Statistical return of the lunatic asylum in Assam - 1912-1932
Year: 1912
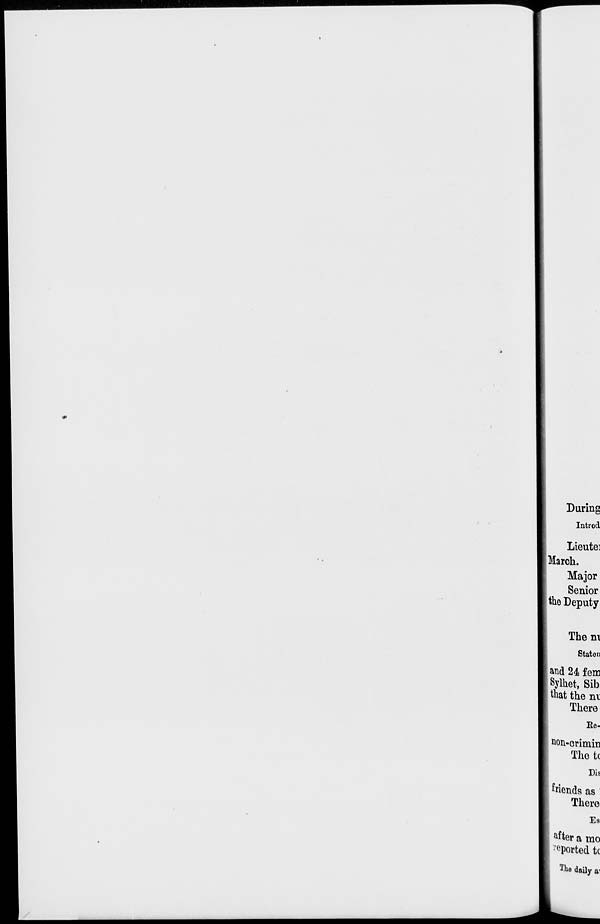
During
Introd
Lieutei
March.
Major
Senior
the Deputy
Them
Staton
and 24 fern
Sylhet, Sib
that the ni
There
Ee-
fcon-crimin
The tc
Dis
fiends as
There
Es
after a mo
:e ported tc
T to daily a^